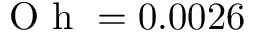
\mathrm { ~ O ~ h ~ } = 0 . 0 0 2 6